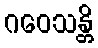
ဂဝေသန္တိ